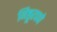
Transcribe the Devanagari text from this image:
निष्ठूरपणे